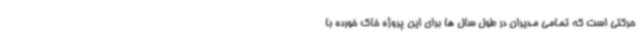
حرکتی است که تمامی مدیران در طول سال ها برای این پروژه خاک خورده با